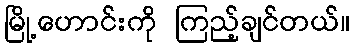
မြို့ဟောင်းကို ကြည့်ချင်တယ်။